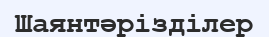
Шаянтәрізділер